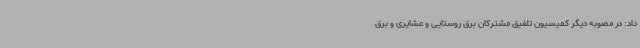
داد: در مصوبه دیگر کمیسیون تلفیق مشترکان برق روستایی و عشایری و برق